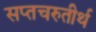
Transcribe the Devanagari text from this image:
सप्तचरुतीर्थ